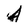
Character: 4